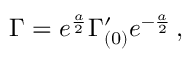
\Gamma = e ^ { \frac { a } { 2 } } \Gamma _ { ( 0 ) } ^ { \prime } e ^ { - { \frac { a } { 2 } } } \, ,